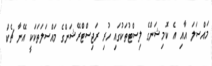
މައްސަލަ އާއި އެ ކޮމިޝަންގެ ލިސްޓުތަކުގައި ހުރި ރަޖިސްޓްރޭޝަންގެ މައްސަލަތަކަކީ އޭނާ ޗެކް